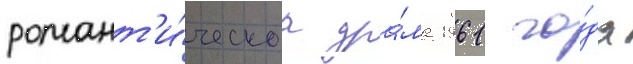
романт'и́ческаа дра́ма 1961 го́да